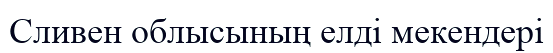
Сливен облысының елді мекендері